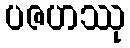
ပဇဟဿု